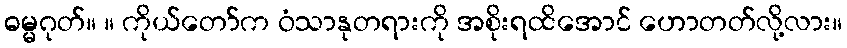
ဓမ္မဂုတ်။ ။ ကိုယ်တော်က ဝံသာနုတရားကို အစိုးရထိအောင် ဟောတတ်လို့လား။